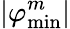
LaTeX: |\varphi_{\mathrm{min}}^{m}|